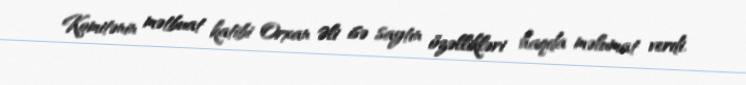
Komitənin mətbuat katibi Orxan Əli isə saytın özəllikləri haqda məlumat verdi.